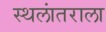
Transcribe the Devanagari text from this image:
स्थलांतराला